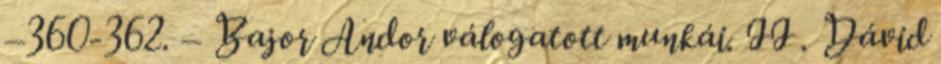
–360-362. – Bajor Andor válogatott munkái. II . Dávid